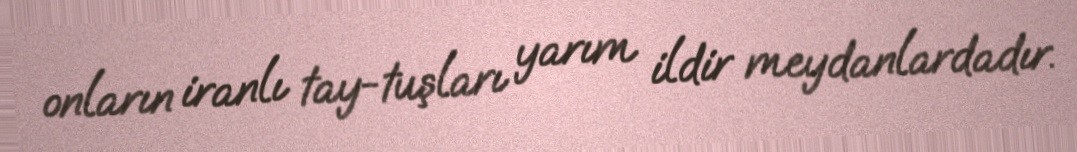
onların iranlı tay-tuşları yarım ildir meydanlardadır.